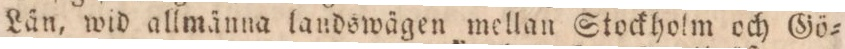
Län, wid allmänna landswägen mellan Stockholm och Gö=